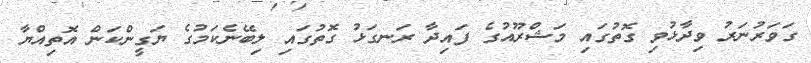
ގަވަރުނަރު ވިދާޅުވި ގޮތުގައި މަޝްރޫއުގެ ފައިދާ ރަނގަޅު ގޮތުގައި ލިބޭނެކަމުގެ ޔަގީންކަން އޮތިއްޔާ